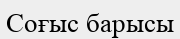
Соғыс барысы